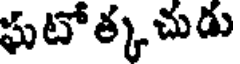
ఘటోత్కచుడు